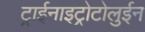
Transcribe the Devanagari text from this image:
ट्राईनाइट्रोटोलुईन